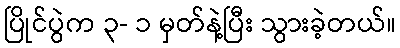
ပြိုင်ပွဲက ၃- ၁ မှတ်နဲ့ပြီး သွားခဲ့တယ်။